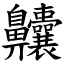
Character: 齉